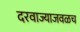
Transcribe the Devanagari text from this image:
दरवाज्याजवळच